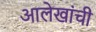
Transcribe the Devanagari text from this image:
आलेखांची